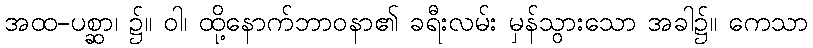
အထ-ပစ္ဆာ၊ ၌။ ဝါ၊ ထို့နောက်ဘာဝနာ၏ ခရီးလမ်း မှန်သွားသော အခါ၌။ ကေသာ